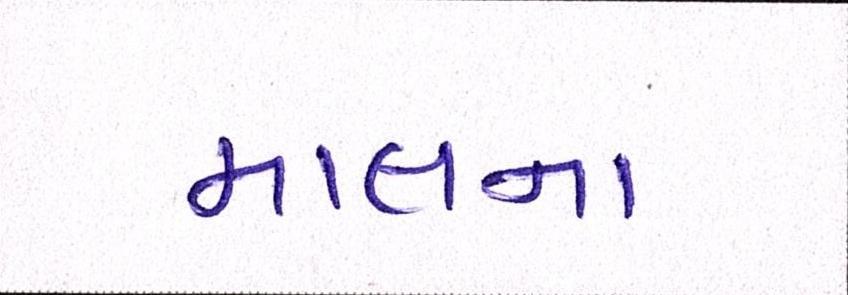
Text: માલના